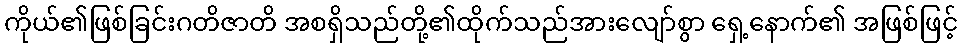
ကိုယ်၏ဖြစ်ခြင်းဂတိဇာတိ အစရှိသည်တို့၏ထိုက်သည်အားလျော်စွာ ရှေ့နောက်၏ အဖြစ်ဖြင့်